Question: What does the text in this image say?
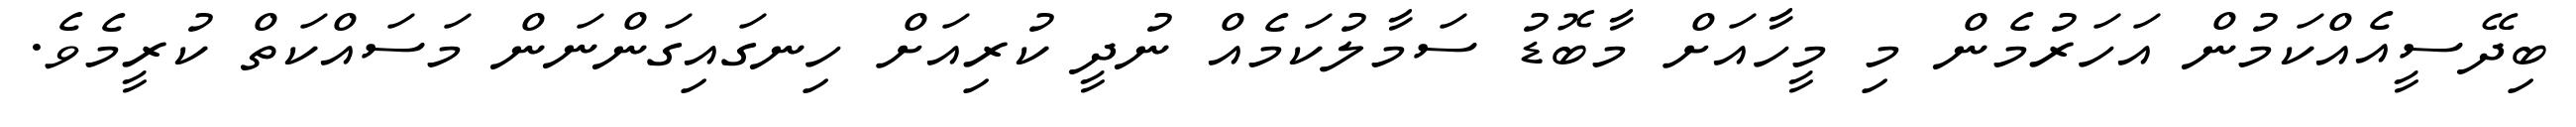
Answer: ބިދޭސީއެއްކަމުން އަހަރުމެން މި މީހާއަށް މާބޮޑު ސަމާލުކަމެއް ނުދީ ކުރިއަށް ހިނގައިގަންނަން މަސައްކަތް ކުރީމެވެ.